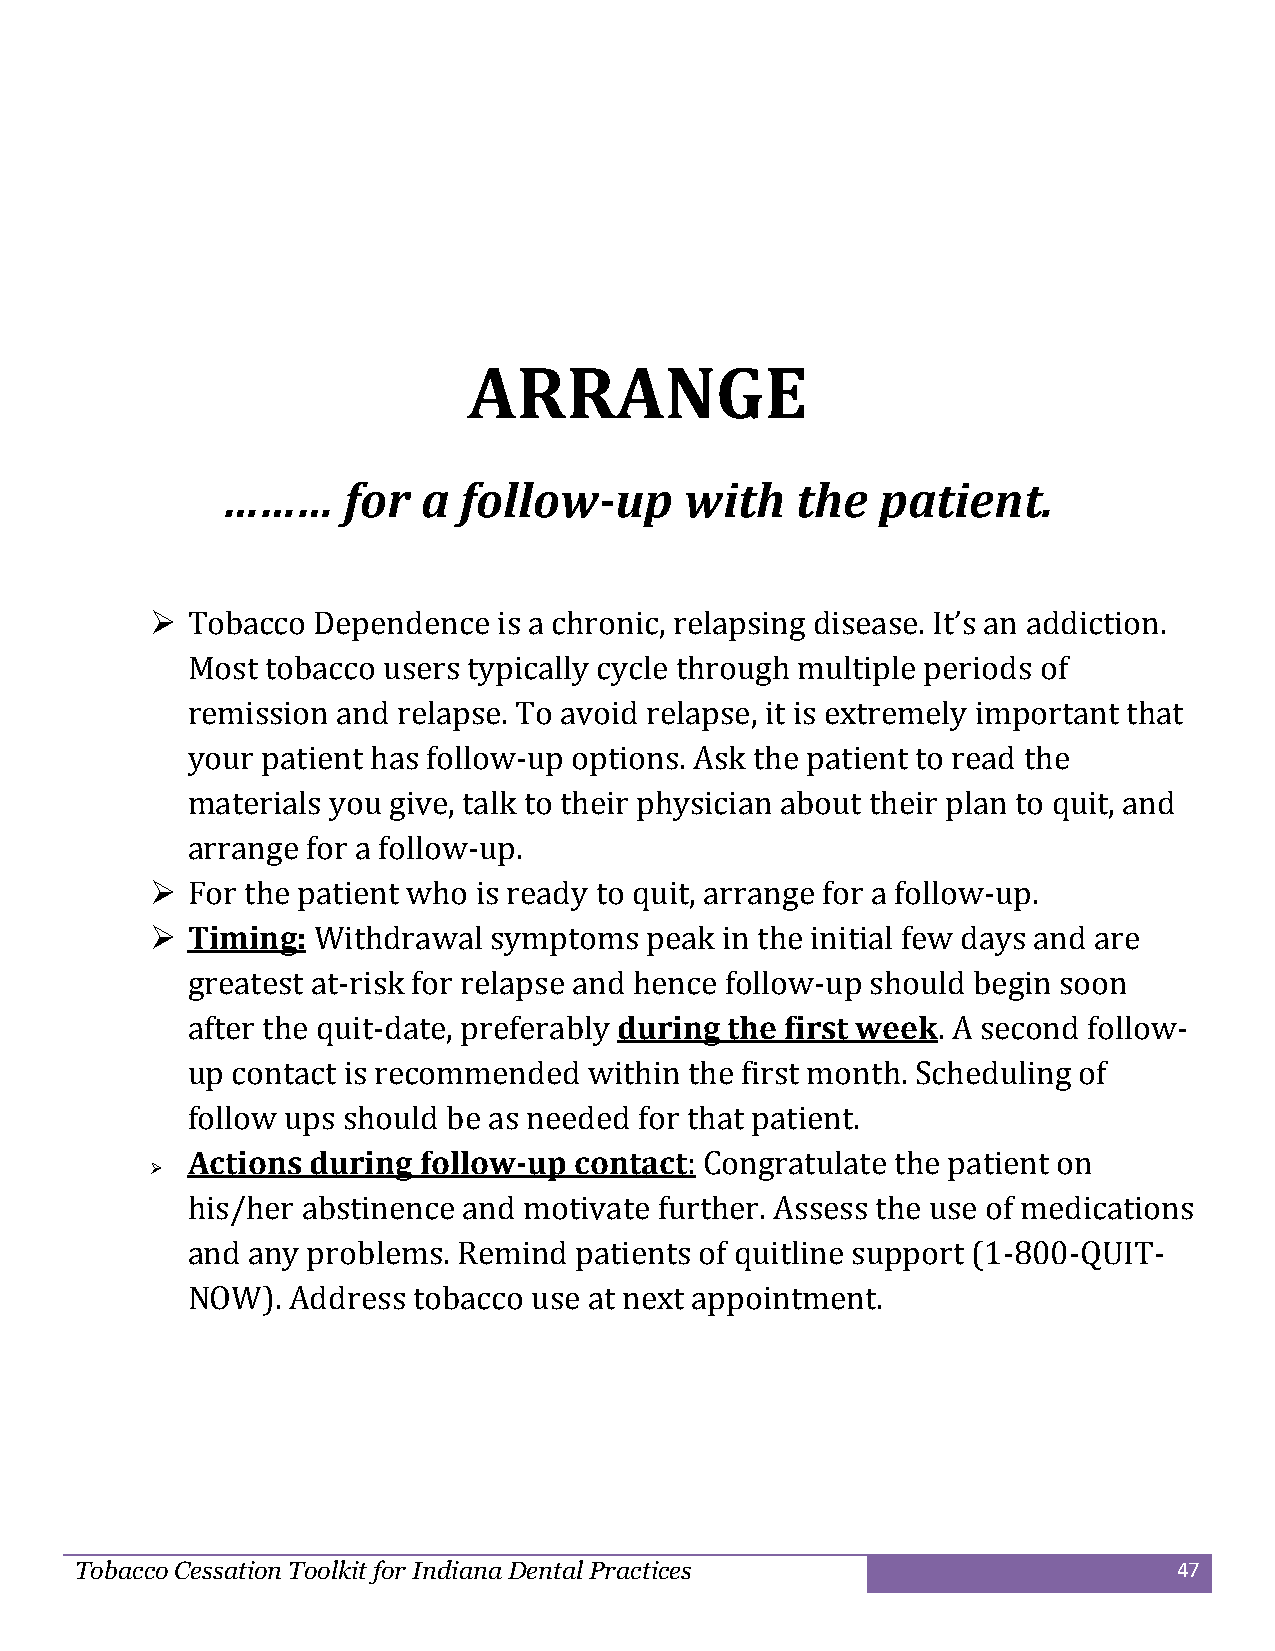
ARRANGE
 ………     for  a follow-up      with    the  patient.
  Tobacco  Dependence  is a chronic, relapsing disease. It’s an addiction.
 Most  tobacco users typically cycle through multiple periods of
 remission and relapse. To avoid relapse, it is extremely important that
 your patient has follow-up options. Ask the patient to read the
 materials you give, talk to their physician about their plan to quit, and
 arrange for a follow-up.
  For the patient who is ready to quit, arrange for a follow-up.
  Timing:  Withdrawal symptoms   peak in the initial few days and are
 greatest at-risk for relapse and hence follow-up should begin soon
 after the quit-date, preferably during the first week. A second follow-
 up contact is recommended  within the first month. Scheduling of
 follow ups should be as needed for that patient.
 Actions during  follow-up contact: Congratulate the patient on
 
 his/her abstinence and motivate further. Assess the use of medications
 and any problems. Remind  patients of quitline support (1-800-QUIT-
 NOW).  Address tobacco use at next appointment.
 Tobacco Cessation Toolkit for Indiana Dental Practices                   47